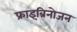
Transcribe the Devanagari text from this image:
फ्राइब्रिनोजन